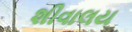
શીવાલય